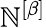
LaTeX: \mathbb{N}^{\left[\beta\right]}